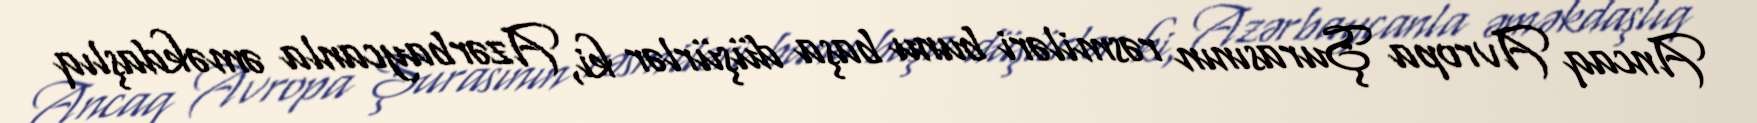
Ancaq Avropa Şurasının rəsmiləri bunu başa düşürlər ki, Azərbaycanla əməkdaşlıq